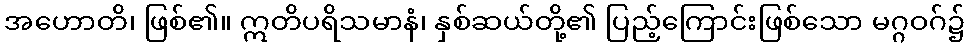
အဟောတိ၊ ဖြစ်၏။ ဣတိပရိသမာနံ၊ နှစ်ဆယ်တို့၏ ပြည့်ကြောင်းဖြစ်သော မဂ္ဂဝဂ်၌